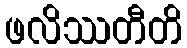
ဖလိဿတီတိ